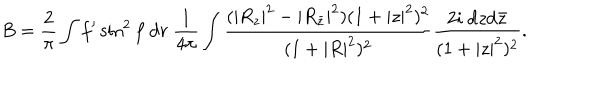
B = \frac { 2 } { \pi } \int f ^ { \prime } \sin ^ { 2 } f ~ \mathrm { d } r ~ \frac { 1 } { 4 \pi } \int \frac { ( | R _ { z } | ^ { 2 } - | R _ { { \bar { z } } } | ^ { 2 } ) ( 1 + | z | ^ { 2 } ) ^ { 2 } } { ( 1 + | R | ^ { 2 } ) ^ { 2 } } \frac { 2 i ~ \mathrm { d } z \mathrm { d } { \bar { z } } } { ( 1 + | z | ^ { 2 } ) ^ { 2 } } .